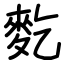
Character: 麧